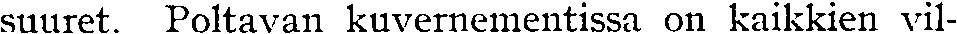
suuret. Poltavan kuvernementissa on kaikkien vil-